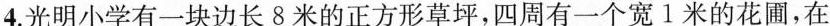
4.光明小学有一块边长8米的正方形草坪，四周有一个宽1米的花圃，在